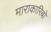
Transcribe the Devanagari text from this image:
माराकारिबो